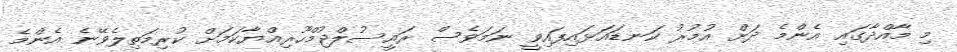
މި މާއްދާގައި އެންމެ ދަށް އުމުރު ކަނޑައަޅައިފައިވީ ނަމަވެސް ރައީސުލްޖުމްހޫރިއްޔާކަމަށް ކުރިމަތިލެވޭނެ އެންމެ